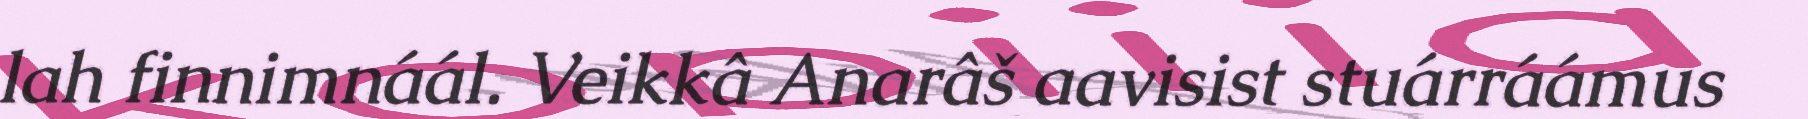
lah finnimnáál. Veikkâ Anarâš aavisist stuárráámus